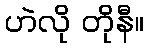
ဟဲလို တိုနီ။